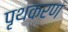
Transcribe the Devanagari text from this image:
पृथकरण